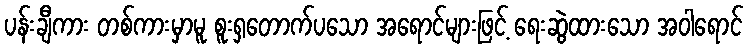
ပန်းချီကား တစ်ကားမှာမူ စူးရှတောက်ပသော အရောင်များဖြင့် ရေးဆွဲထားသော အဝါရောင်